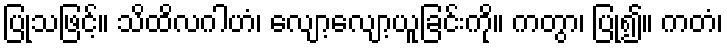
ပြုသဖြင့်။ သိထိလဂါဟံ၊ လျော့လျော့ယူခြင်းကို။ ကတွာ၊ ပြု၍။ ကတံ၊